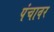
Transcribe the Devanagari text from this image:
पंचावर